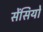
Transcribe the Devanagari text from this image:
सेंसियो